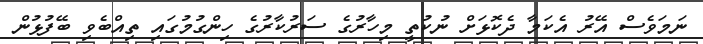
ނަމަވެސް އޭރު އެކަމާ ދެކޮޅަށް ނުކުތީ މިހާރުގެ ސަރުކާރުގެ ހިންގުމުގައި ތިއްބެވި ބޭފުޅުން